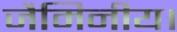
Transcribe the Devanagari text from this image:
जैमिनीय।